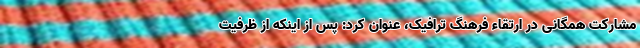
مشارکت همگانی در ارتقاء فرهنگ ترافیک، عنوان کرد: پس از اینکه از ظرفیت